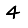
Digit: 4